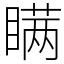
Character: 瞒